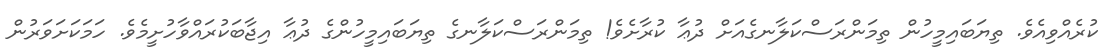
ކުރެއްވިއެވެ. ތިޔަބައިމީހުން ތިމަންރަސްކަލާނގެއަށް ދުޢާ ކުރާށެވެ! ތިމަންރަސްކަލާނގެ ތިޔަބައިމީހުންގެ ދުޢާ އިޖާބަކުރައްވާހުށީމެވެ. ހަމަކަށަވަރުން